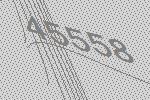
45558